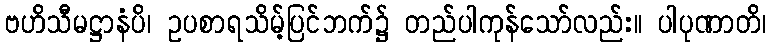
ဗဟိသီမဋ္ဌာနံပိ၊ ဥပစာရသိမ့်ပြင်ဘက်၌ တည်ပါကုန်သော်လည်း။ ပါပုဏာတိ၊